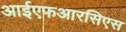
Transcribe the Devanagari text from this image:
आईएफआरसिएस